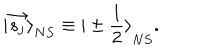
{ \vert \vec { s _ { j } } \rangle } _ { N S } \equiv { \vert \pm \frac { 1 } { 2 } \rangle } _ { N S } .